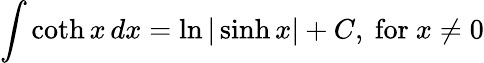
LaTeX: \int\coth x\, dx=\ln|\sinh x|+C,{\mathrm{~for~}}x\neq 0